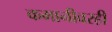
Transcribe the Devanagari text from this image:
कमानीवरही